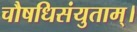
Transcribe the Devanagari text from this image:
चौषधिसंयुताम्।